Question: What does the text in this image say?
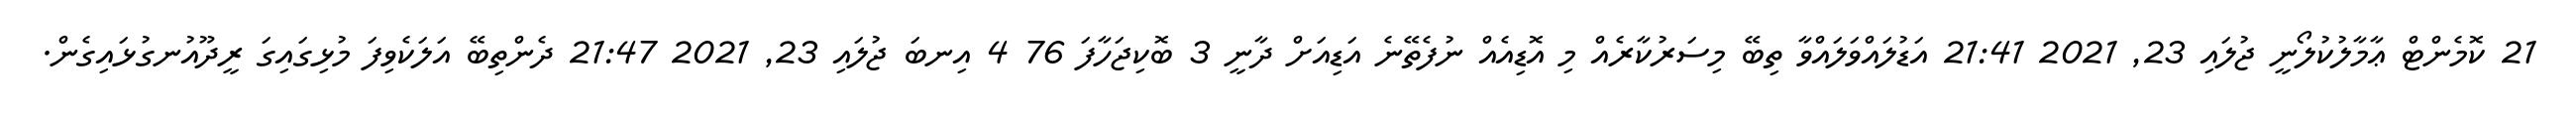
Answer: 21 ކޮމެންޓް ޢާމާލުކުލޯނީ ޖުލައި 23, 2021 21:41 އަޑުލައްވަލައްވާ ތިބޭ މިސަރުކާރެއް މި އޮޑިއެއް ނުފެތޭނެ އަޑިއަށް ދާނީ 3 ބޮކިޖަހާފަ 76 4 އިނބަ ޖުލައި 23, 2021 21:47 ދެންތިބޭ އަލަކެވިފަ މުޅިގައިގަ ރީދޫއުނގުޅައިގެން.